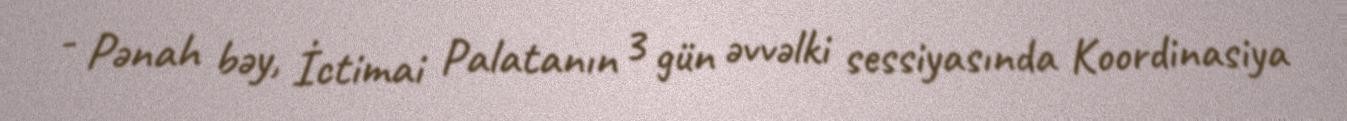
- Pənah bəy, İctimai Palatanın 3 gün əvvəlki sessiyasında Koordinasiya